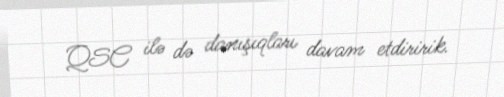
QSC ilə də danışıqları davam etdiririk.